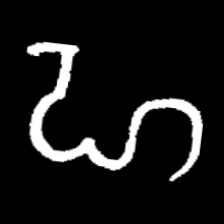
Pyu character \u2014 Myanmar letter: ဟ (romanized: ha)